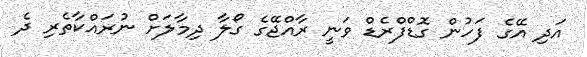
އަދި އޭގެ ފަހުން ގޮޑްފްރެޑް ވަނީ ރާއްޖޭގެ ގޯލާ ދިމާލަށް ނުރައްކާތެރި ދެ